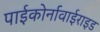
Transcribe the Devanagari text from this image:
पाईकोर्नावाईराइड